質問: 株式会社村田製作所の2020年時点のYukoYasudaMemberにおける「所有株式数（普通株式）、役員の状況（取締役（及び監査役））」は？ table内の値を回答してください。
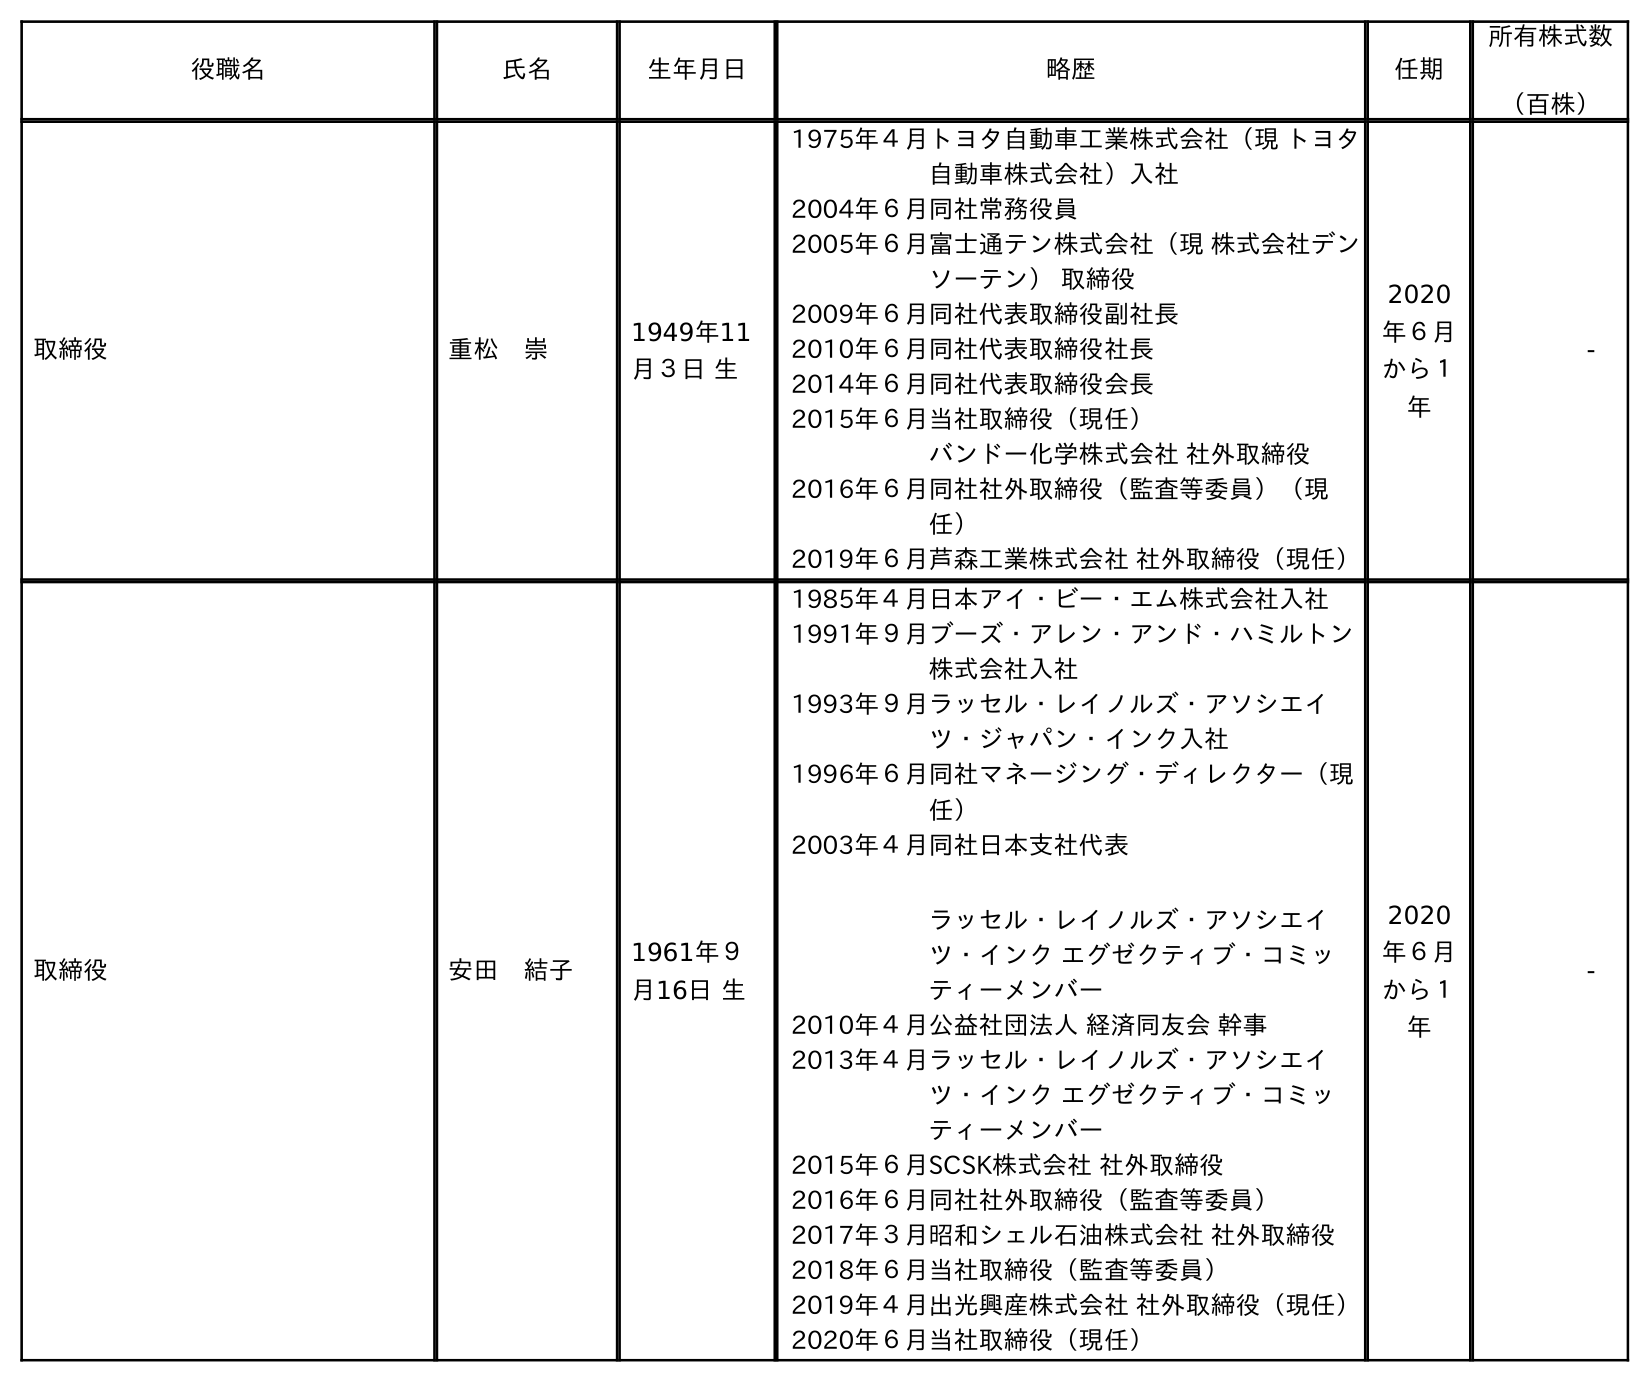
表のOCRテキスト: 役職名 氏名 生年月日 略歴 任期 所有株式数 （百株） 取締役 重松 崇 1949年11 月３日 生 1975年４月トヨタ自動車工業株式会社（現 トヨタ 自動車株式会社）入社 2004年６月同社常務役員 2005年６月富士通テン株式会社（現 株式会社デン ソーテン） 取締役 2009年６月同社代表取締役副社長 2010年６月同社代表取締役社長 2014年６月同社代表取締役会長 2015年６月当社取締役（現任） バンドー化学株式会社 社外取締役 2016年６月同社社外取締役（監査等委員）（現 任） 2019年６月芦森工業株式会社 社外取締役（現任） 2020 年６月 から１ 年 - 取締役 安田 結子 1961年９ 月16日 生 1985年４月日本アイ・ビー・エム株式会社入社 1991年９月ブーズ・アレン・アンド・ハミルトン 株式会社入社 1993年９月ラッセル・レイノルズ・アソシエイ ツ・ジャパン・インク入社 1996年６月同社マネージング・ディレクター（現 任） 2003年４月同社日本支社代表 ラッセル・レイノルズ・アソシエイ ツ・インク エグゼクティブ・コミッ ティーメンバー 2010年４月公益社団法人 経済同友会 幹事 2013年４月ラッセル・レイノルズ・アソシエイ ツ・インク エグゼクティブ・コミッ ティーメンバー 2015年６月SCSK株式会社 社外取締役 2016年６月同社社外取締役（監査等委員） 2017年３月昭和シェル石油株式会社 社外取締役 2018年６月当社取締役（監査等委員） 2019年４月出光興産株式会社 社外取締役（現任） 2020年６月当社取締役（現任） 2020 年６月 から１ 年 -
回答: -